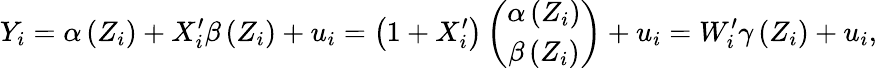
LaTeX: Y_{i}=\alpha\left(Z_{i}\right)+X_{i}^{\prime}\beta\left(Z_{i}\right)+u_{i}=\left(1+X_{i}^{\prime}\right)\left({\begin{array}{c}{\alpha\left(Z_{i}\right)}\\ {\beta\left(Z_{i}\right)}\end{array}}\right)+u_{i}=W_{i}^{\prime}\gamma\left(Z_{i}\right)+u_{i},